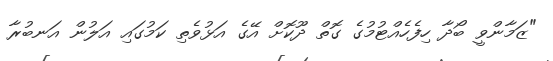
"ޒަމާންވީ ބޯދާ ހިފެހެއްޓުމުގެ ގޮތް ދޫކޮށް އޭގެ އަޅުވެތި ކަމުގައި އަލުން އަނބުރާ